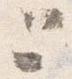
と